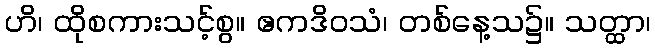
ဟိ၊ ထိုစကားသင့်စွ။ ဧကဒိဝသံ၊ တစ်နေ့သ၌။ သတ္ထာ၊